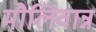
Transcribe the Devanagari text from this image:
मौलिवान्न